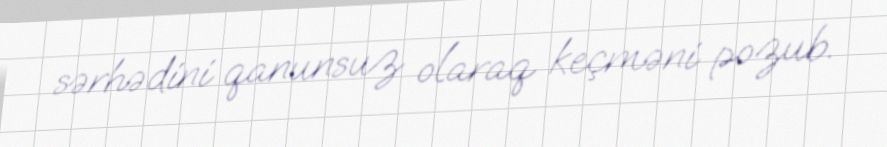
sərhədini qanunsuz olaraq keçməni pozub.